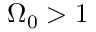
\Omega _ { 0 } > 1